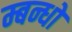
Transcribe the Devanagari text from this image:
म्बन्धों